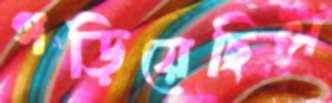
গড়িয়েছিল